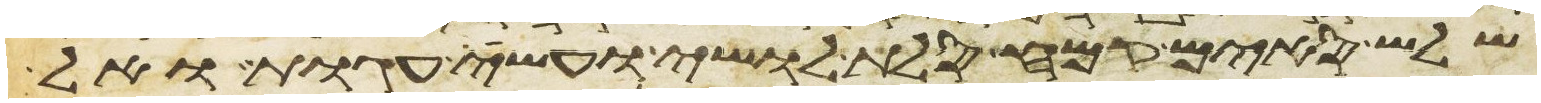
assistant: שלש סים קמח סלת לושי ועשה עגות ואל